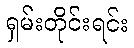
ရှမ်းတိုင်းရင်း